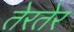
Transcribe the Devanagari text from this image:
तेरतेर